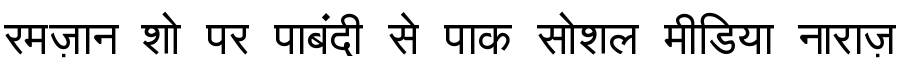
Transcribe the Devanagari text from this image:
रमज़ान शो पर पाबंदी से पाक सोशल मीडिया नाराज़